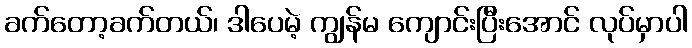
ခက်တော့ခက်တယ်၊ ဒါပေမဲ့ ကျွန်မ ကျောင်းပြီးအောင် လုပ်မှာပါ